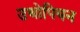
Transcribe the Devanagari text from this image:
उथोपियन